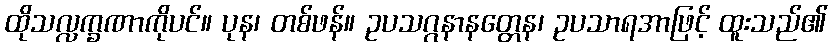
ထိုသလ္လက္ခဏာကိုပင်။ ပုန၊ တစ်ဖန်။ ဥပသဂ္ဂနာနတ္တေန၊ ဥပသာရအာဖြင့် ထူးသည်၏